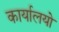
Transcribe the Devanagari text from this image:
कार्यालयो